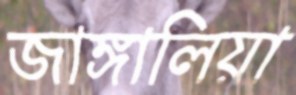
জাঙ্গালিয়া